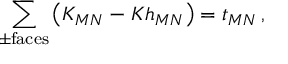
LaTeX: \sum _ { \pm \mathrm { f a c e s } } \left( K _ { M N } - K h _ { M N } \right) = t _ { M N } \, ,